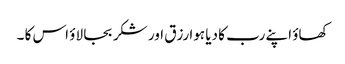
کھاؤ اپنے رب کا دیا ہوا رزق اور شکر بجا لاؤ اس کا ۔